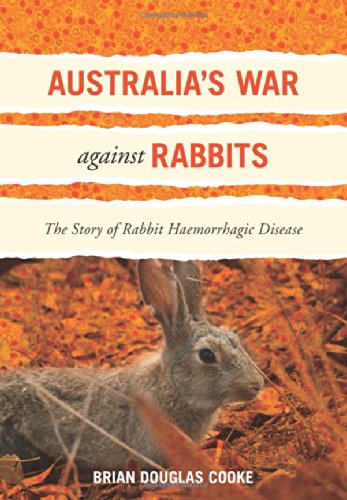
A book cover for Australia's War Against Rabbits: The Story of Rabbit Haemorrhagic Disease; Brian Douglas Cooke; Science & Math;